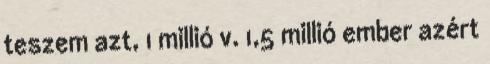
teszem azt, 1 millió v. 1,5 millió ember azért